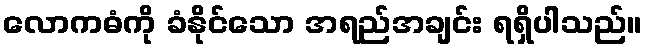
လောကဓံကို ခံနိုင်သော အရည်အချင်း ရရှိပါသည်။